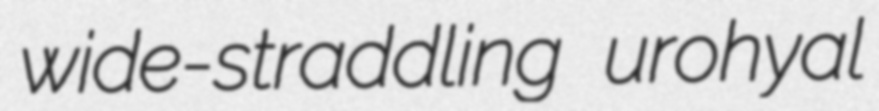
wide-straddling urohyal